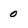
Character: 0